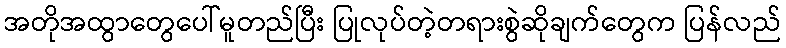
အတိုအထွာတွေပေါ်မူတည်ပြီး ပြုလုပ်တဲ့တရားစွဲဆိုချက်တွေက ပြန်လည်